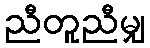
ညီတူညီမျှ